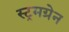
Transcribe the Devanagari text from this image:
स्ट्रमग्रेन